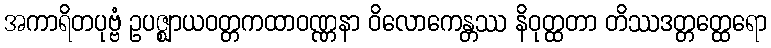
အကာရိတပုဗ္ဗံ ဥပဇ္ဈာယဝတ္တကထာဝဏ္ဏနာ ဝိလောကေန္တဿ နိဝုတ္ထတာ တိဿဒတ္တတ္ထေရော